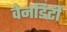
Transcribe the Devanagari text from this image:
वेनडिटी